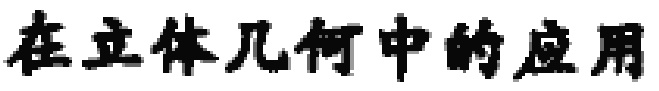
在立体几何中的应用